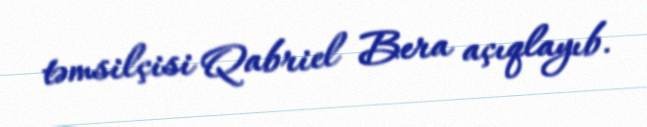
təmsilçisi Qabriel Bera açıqlayıb.